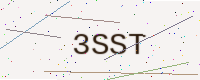
Text: 3SST